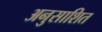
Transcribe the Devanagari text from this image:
अनुसाशित